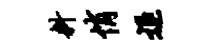
料悄退